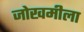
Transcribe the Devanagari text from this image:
जोखमीला